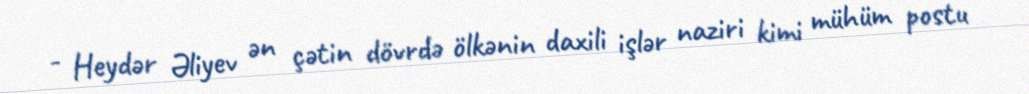
- Heydər Əliyev ən çətin dövrdə ölkənin daxili işlər naziri kimi mühüm postu